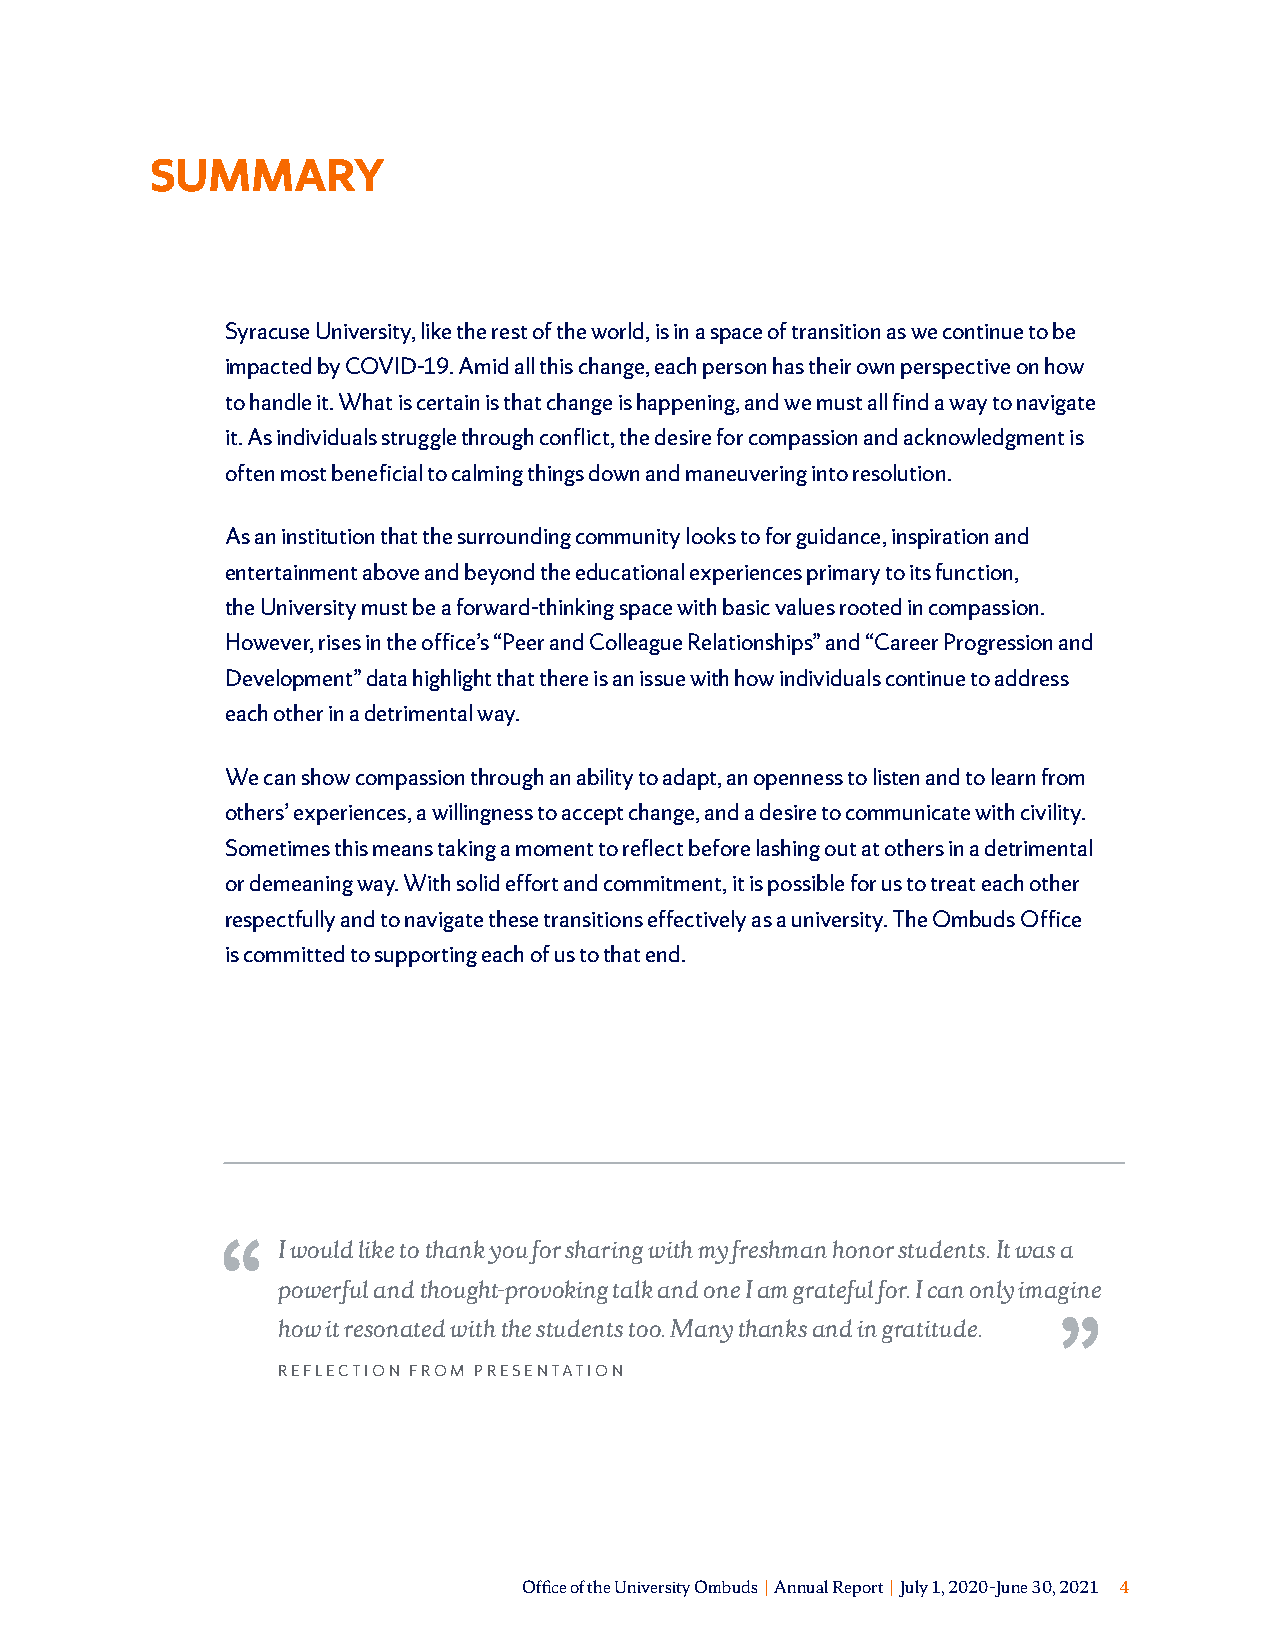
SUMMARY
 Syracuse University, like the rest of the world, is in a space of transition as we continue to be
 impacted by COVID-19. Amid all this change, each person has their own perspective on how
 to handle it. What is certain is that change is happening, and we must all find a way to navigate
 it. As individuals struggle through conflict, the desire for compassion and acknowledgment is
 often most beneficial to calming things down and maneuvering into resolution.
 As an institution that the surrounding community looks to for guidance, inspiration and
 entertainment above and beyond the educational experiences primary to its function,
 the University must be a forward-thinking space with basic values rooted in compassion.
 However, rises in the office’s “Peer and Colleague Relationships” and “Career Progression and
 Development” data highlight that there is an issue with how individuals continue to address
 each other in a detrimental way.
 We can show compassion through an ability to adapt, an openness to listen and to learn from
 others’ experiences, a willingness to accept change, and a desire to communicate with civility.
 Sometimes this means taking a moment to reflect before lashing out at others in a detrimental
 or demeaning way. With solid effort and commitment, it is possible for us to treat each other
 respectfully and to navigate these transitions effectively as a university. The Ombuds Office
 is committed to supporting each of us to that end.
 I would like to thank you for sharing with my freshman honor students. It was a
 powerful and thought-provoking talk and one I am grateful for. I can only imagine
 how it resonated with the students too. Many thanks and in gratitude.
 REFLECTION FROM PRESENTATION
 Office of the University Ombuds | Annual Report | July 1, 2020–June 30, 2021 4